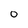
Character: O